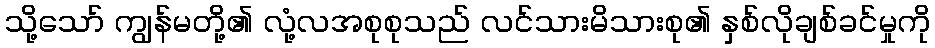
သို့သော် ကျွန်မတို့၏ လုံ့လအစုစုသည် လင်သားမိသားစု၏ နှစ်လိုချစ်ခင်မှုကို